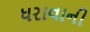
ધરાવાની